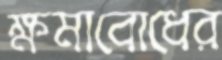
ক্ষমাবোধের